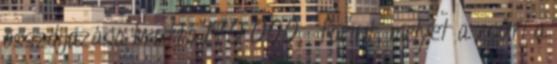
összdíjazása bruttó 170 000,- forint, melyet a zsűri a